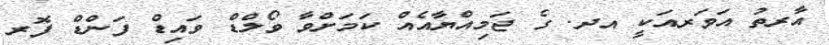
އާރތު އަވަރއަކީ އދ. ގެ ޖަމިއްޔާއެއް ކަމަށްވާ ވޯލްޑް ވައިޑް ފަންޑް ފޮރ